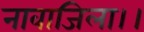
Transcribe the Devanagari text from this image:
नावाजिला।।